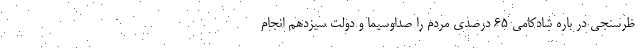
ظرسنجی در باره شادکامی ۶۵ درصدی مردم را صداوسیما و دولت سیزدهم انجام